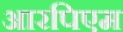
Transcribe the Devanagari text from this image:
आरपिएम